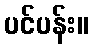
ပင်ပန်း။